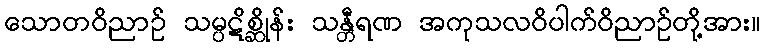
သောတဝိညာဉ် သမ္ပဋိစ္ဆိုန်း သန္တီရဏ အကုသလဝိပါက်ဝိညာဉ်တို့အား။